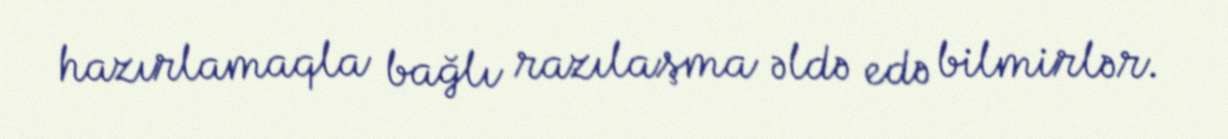
hazırlamaqla bağlı razılaşma əldə edə bilmirlər.